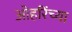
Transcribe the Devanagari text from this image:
ओहरिंच्या